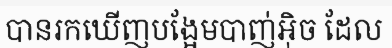
បានរកឃើញបង្អែមបាញ់អ៊ិច ដែល